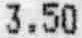
3.50